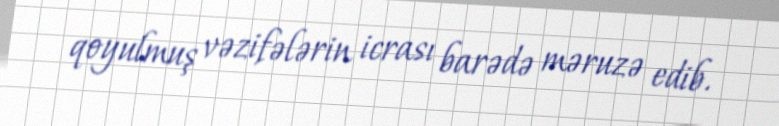
qoyulmuş vəzifələrin icrası barədə məruzə edib.